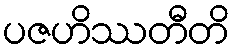
ပဇဟိဿတီတိ